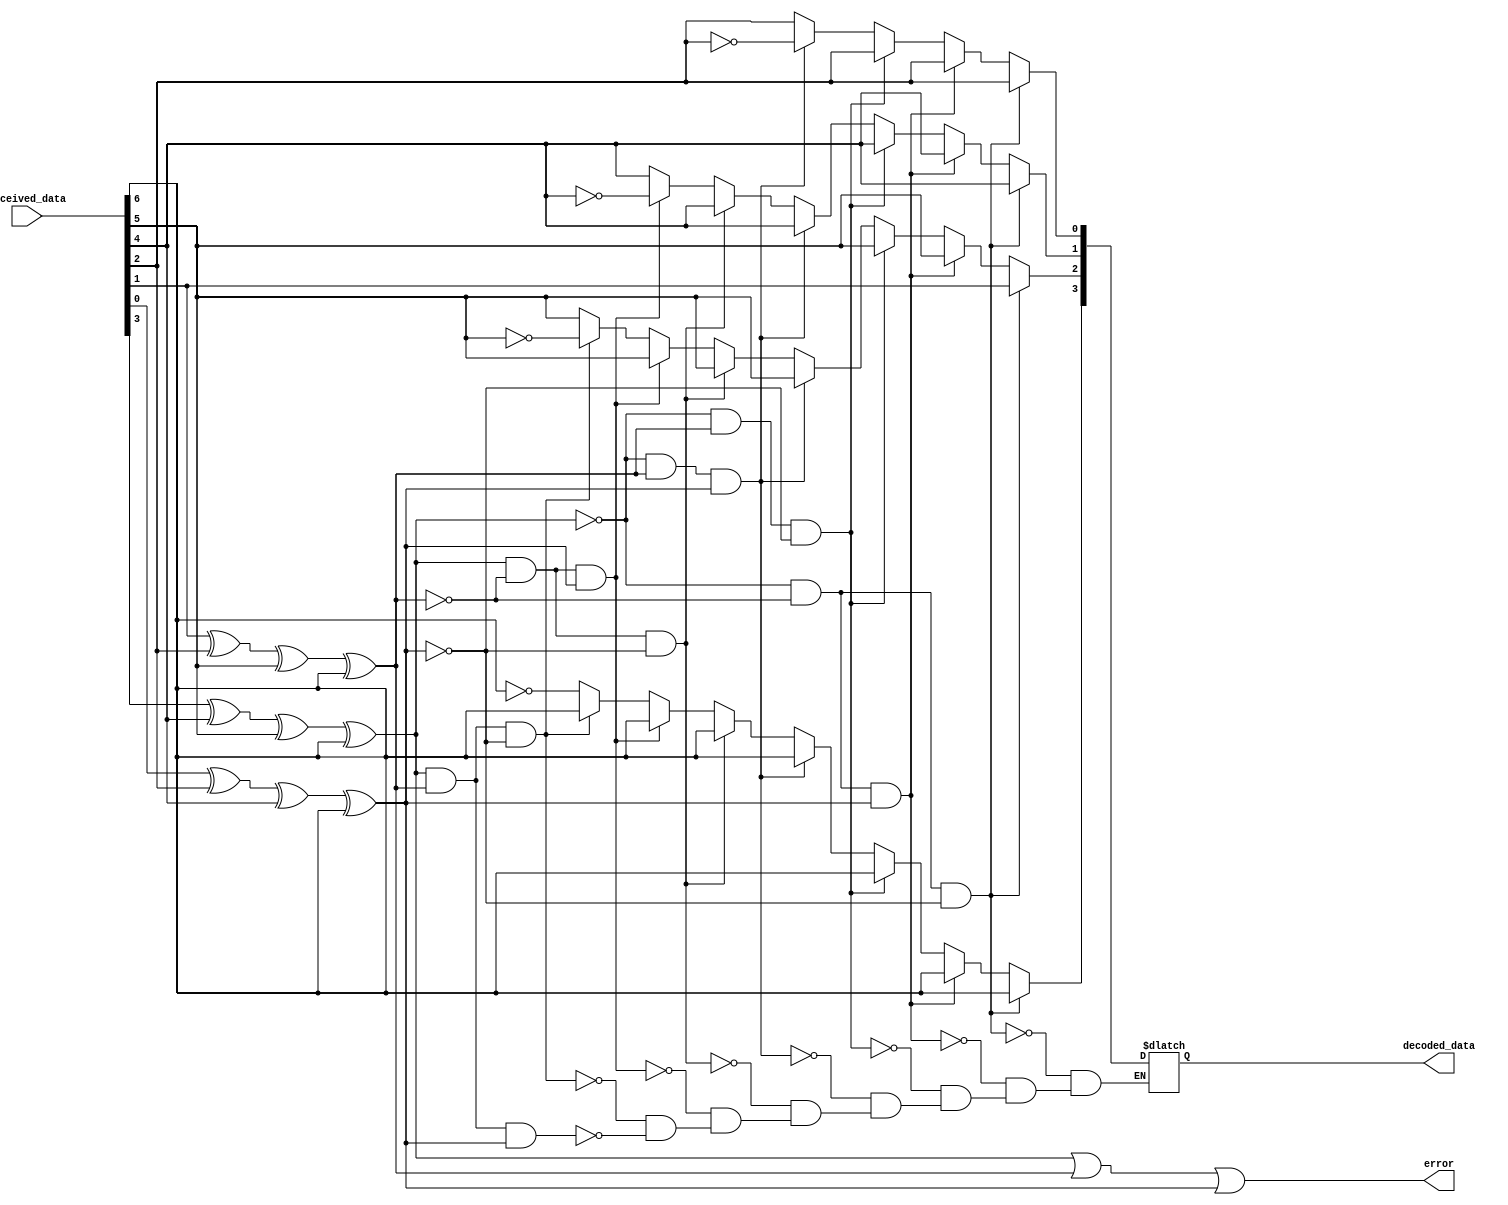
module decoder(input [6:0] received_data, output reg[3:0] decoded_data, output error);
  wire syndrome1, syndrome2, syndrome4;

  // Calculate syndrome bits
  assign syndrome1 = received_data[0] ^ received_data[2] ^ received_data[4] ^ received_data[6];
  assign syndrome2 = received_data[1] ^ received_data[2] ^ received_data[5] ^ received_data[6];
  assign syndrome4 = received_data[3] ^ received_data[4] ^ received_data[5] ^ received_data[6];

  // Calculate the error syndrome((if error is present or not)
  assign error =syndrome4 | syndrome2 |syndrome1;

  // Correct the error (if any)
  always @(*)
  begin
    
	 
		if(syndrome4==1&&syndrome2==1&&syndrome1==1) begin//7
		decoded_data[3]=~received_data[6];decoded_data[2]=received_data[5];decoded_data[1]=received_data[4];decoded_data[0]=received_data[2];
		end
		if(syndrome4==1&&syndrome2==1&&syndrome1==0) begin//6
		decoded_data[3]=received_data[6];decoded_data[2]=~received_data[5];decoded_data[1]=received_data[4];decoded_data[0]=received_data[2];
		end
		if(syndrome4==1&&syndrome2==0&&syndrome1==1) begin//5
		decoded_data[3]=received_data[6]; decoded_data[2]=received_data[5]; decoded_data[1]=~received_data[4];decoded_data[0]=received_data[2];
		end
		if(syndrome4==1&&syndrome2==0&&syndrome1==0) begin//4
		decoded_data[3]=received_data[6];decoded_data[2]=received_data[5];decoded_data[1]=received_data[4];decoded_data[0]=received_data[2];
		end
		if(syndrome4==0&&syndrome2==1&&syndrome1==1) begin//3
		decoded_data[3]=received_data[6];decoded_data[2]=received_data[5];decoded_data[1]=received_data[4];decoded_data[0]=~received_data[2];
		end
		if(syndrome4==0&syndrome2==1&&syndrome1==0) begin//2
		decoded_data[3]=received_data[6];decoded_data[2]=received_data[5];decoded_data[1]=received_data[4];decoded_data[0]=received_data[2];
		end
		if(syndrome4==0&&syndrome2==0&&syndrome1==1) begin//1
		decoded_data[3]=received_data[6];decoded_data[2]=received_data[5];decoded_data[1]=received_data[4];decoded_data[0]=received_data[2];
		end
		if(syndrome4==0&&syndrome2==0&&syndrome1==0) begin//0
		decoded_data[3]=received_data[6];decoded_data[2]=received_data[1];decoded_data[1]=received_data[4];decoded_data[0]=received_data[2];
		end
	 
  end
endmodule